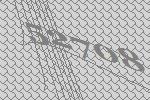
52708